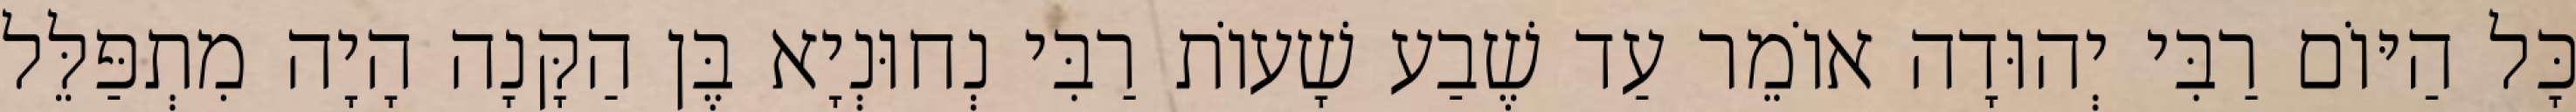
כָּל הַיּוֹם רַבִּי יְהוּדָה אוֹמֵר עַד שֶׁבַע שָׁעוֹת רַבִּי נְחוּנְיָא בֶּן הַקָּנָה הָיָה מִתְפַּלֵּל